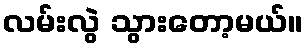
လမ်းလွဲ သွားတော့မယ်။